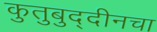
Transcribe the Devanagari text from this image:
कुतुबुद्दीनचा